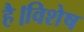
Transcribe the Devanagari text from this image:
है।विशेष